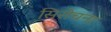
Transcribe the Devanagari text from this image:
सिरोचना